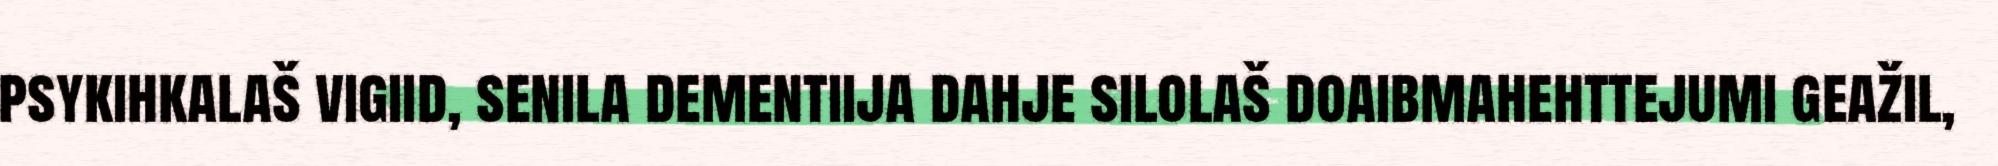
psykihkalaš vigiid, senila dementiija dahje silolaš doaibmahehttejumi geažil,